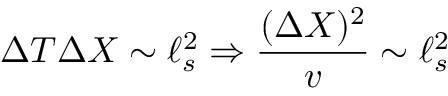
\Delta T \Delta X \sim \ell _ { s } ^ { 2 } \Rightarrow { \frac { ( \Delta X ) ^ { 2 } } { v } } \sim \ell _ { s } ^ { 2 }